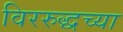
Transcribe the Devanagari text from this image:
विररुद्धच्या